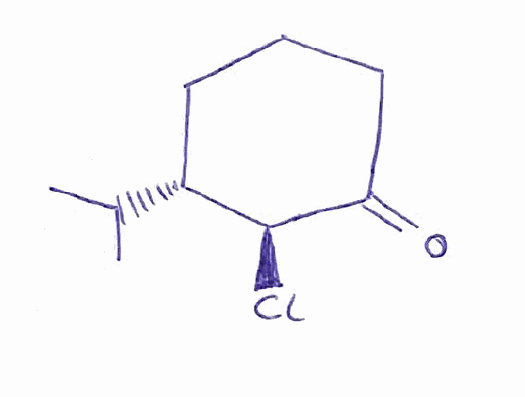
Simplified molecular-input line-entry system (SMILES) notation of the given molecule:
CC(C)[C@@H]1CCCC(=O)[C@H]1Cl